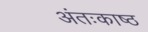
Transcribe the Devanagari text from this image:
अंतःकाष्ठ